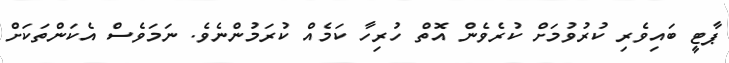
ޕާޓީ ބައިވެރި ކުރުވުމަށް ކުރެވެން އޮތް ހުރިހާ ކަމެއް ކުރަމުންނެވެ. ނަމަވެސް އެކަންތަކަށް